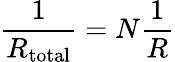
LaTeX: {\frac{1}{R_{\mathrm{total}}}}=N{\frac{1}{R}}